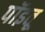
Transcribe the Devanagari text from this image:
पॉइतू